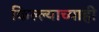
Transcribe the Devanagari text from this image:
किल्ल्याच्याही